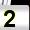
Digit: 2